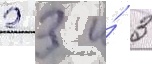
2 3 и́ 3